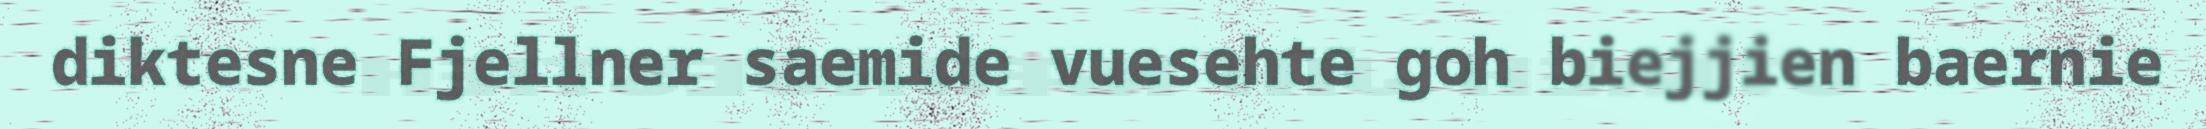
diktesne Fjellner saemide vuesehte goh biejjien baernie